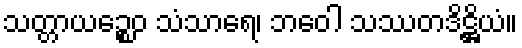
သတ္တာယဉ္စေဝ သံသာရေ၊ ဘဝေါ သဿတဒိဋ္ဌိယံ။